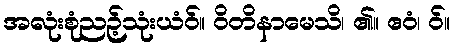
အလုံးစုံညဉ့်သုံးယံဝ်။ ဝိတိနာမေသိ၊ ၏။ ဧဝံ၊ ဝ်။